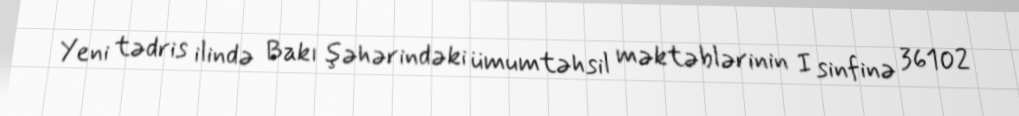
Yeni tədris ilində Bakı şəhərindəki ümumtəhsil məktəblərinin I sinfinə 36102